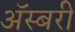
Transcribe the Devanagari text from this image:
ॲस्बरी